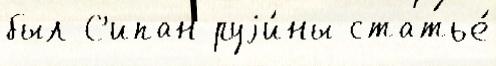
был С'ипан руjи́ны статье́